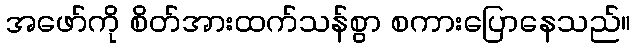
အဖော်ကို စိတ်အားထက်သန်စွာ စကားပြောနေသည်။